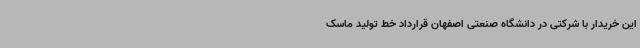
این خریدار با شرکتی در دانشگاه صنعتی اصفهان قرارداد خط تولید ماسک